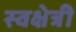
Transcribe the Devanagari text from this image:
स्वक्षेत्री